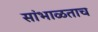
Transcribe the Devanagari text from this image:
सांभाळताच